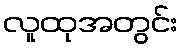
လူထုအတွင်း